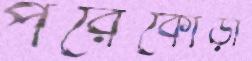
পরৈকোড়া